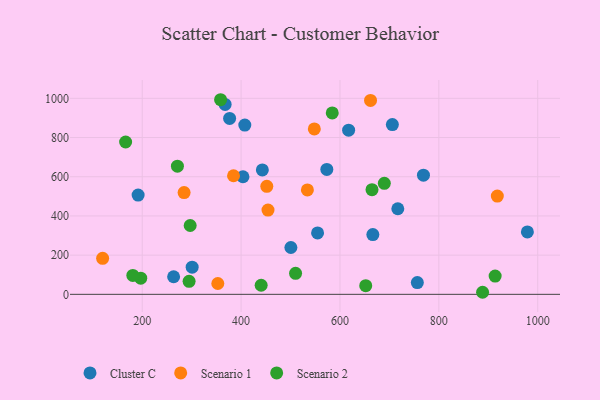
{"axis": {"x": "Engine Size", "y": "Salary"}, "legend": ["Cluster C", "Scenario 1", "Scenario 2"], "data": [{"x": "443.0", "y": 634.6, "type": "Cluster C"}, {"x": "500.7", "y": 238.9, "type": "Cluster C"}, {"x": "717.0", "y": 436.6, "type": "Cluster C"}, {"x": "263.5", "y": 89.8, "type": "Cluster C"}, {"x": "617.5", "y": 837.7, "type": "Cluster C"}, {"x": "756.5", "y": 59.9, "type": "Cluster C"}, {"x": "573.4", "y": 637.2, "type": "Cluster C"}, {"x": "768.9", "y": 608.0, "type": "Cluster C"}, {"x": "706.0", "y": 866.2, "type": "Cluster C"}, {"x": "301.0", "y": 138.7, "type": "Cluster C"}, {"x": "979.1", "y": 318.4, "type": "Cluster C"}, {"x": "666.5", "y": 304.9, "type": "Cluster C"}, {"x": "407.5", "y": 863.4, "type": "Cluster C"}, {"x": "376.8", "y": 897.6, "type": "Cluster C"}, {"x": "403.8", "y": 600.0, "type": "Cluster C"}, {"x": "367.7", "y": 968.7, "type": "Cluster C"}, {"x": "554.7", "y": 313.5, "type": "Cluster C"}, {"x": "191.7", "y": 506.4, "type": "Cluster C"}, {"x": "548.1", "y": 843.8, "type": "Scenario 1"}, {"x": "452.0", "y": 551.3, "type": "Scenario 1"}, {"x": "454.4", "y": 429.9, "type": "Scenario 1"}, {"x": "661.8", "y": 989.1, "type": "Scenario 1"}, {"x": "384.7", "y": 605.0, "type": "Scenario 1"}, {"x": "284.7", "y": 519.2, "type": "Scenario 1"}, {"x": "918.3", "y": 501.5, "type": "Scenario 1"}, {"x": "534.1", "y": 532.6, "type": "Scenario 1"}, {"x": "352.9", "y": 55.2, "type": "Scenario 1"}, {"x": "119.9", "y": 183.6, "type": "Scenario 1"}, {"x": "297.0", "y": 351.1, "type": "Scenario 2"}, {"x": "913.9", "y": 93.4, "type": "Scenario 2"}, {"x": "197.0", "y": 82.2, "type": "Scenario 2"}, {"x": "358.5", "y": 992.9, "type": "Scenario 2"}, {"x": "689.7", "y": 566.6, "type": "Scenario 2"}, {"x": "510.2", "y": 107.3, "type": "Scenario 2"}, {"x": "652.1", "y": 44.0, "type": "Scenario 2"}, {"x": "888.5", "y": 10.5, "type": "Scenario 2"}, {"x": "166.4", "y": 777.1, "type": "Scenario 2"}, {"x": "664.8", "y": 534.1, "type": "Scenario 2"}, {"x": "294.8", "y": 66.6, "type": "Scenario 2"}, {"x": "440.6", "y": 46.3, "type": "Scenario 2"}, {"x": "584.4", "y": 925.6, "type": "Scenario 2"}, {"x": "271.2", "y": 653.8, "type": "Scenario 2"}, {"x": "181.0", "y": 96.3, "type": "Scenario 2"}]}